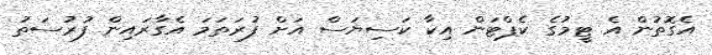
އެގޮތުން އެ ޓީމުގެ ކެޕްޓަން އިކާ ކަސިޔަސް އަށް ފުރަތަމަ އެގާރައިން ފުރުސަތު